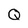
Character: Q